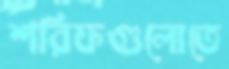
শরিফগুলোতে